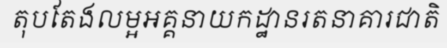
តុបតែងលម្អអគ្គនាយកដ្ឋានរតនាគារជាតិ